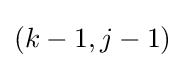
(k-1,j-1)